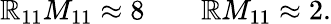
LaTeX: \mathbb{R}_{11}M_{11}\approx8~~~~~~~~\mathbb{R}M_{11}\approx2.